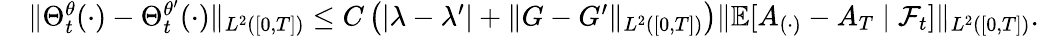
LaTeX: \begin{array}{rl}&{\| \Theta_{t}^{\theta}(\cdot)-\Theta_{t}^{\theta^{\prime}}(\cdot)\| _{L^{2}([0,T])}\leq C\left(|\lambda-\lambda^{\prime}|+\| G-G^{\prime}\| _{L^{2}([0,T])}\right)\| {\mathbb{E}}[A_{(\cdot)}-A_{T}\mid\mathcal{F}_{t}]\| _{L^{2}([0,T])}.}\end{array}